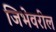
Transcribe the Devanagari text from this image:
जिभेवरील